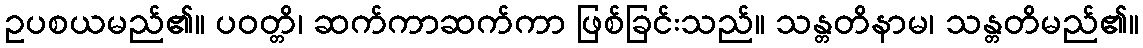
ဥပစယမည်၏။ ပဝတ္တိ၊ ဆက်ကာဆက်ကာ ဖြစ်ခြင်းသည်။ သန္တတိနာမ၊ သန္တတိမည်၏။